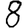
Digit: 8